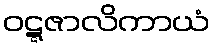
ဝဋ္ဋဇာလိကာယံ